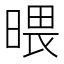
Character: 𣉍